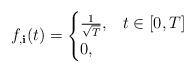
LaTeX: \begin{align*}f_{,\textbf{i}}(t) &= \begin{cases}\frac{1}{\sqrt{T}},& t \in [0,T]\\0,& \end{cases}\end{align*}